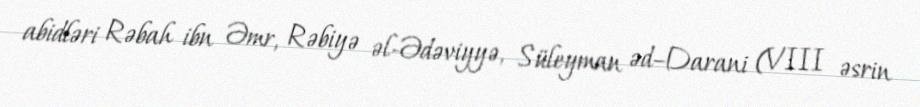
abidləri Rəbah ibn Əmr, Rəbiyə əl-Ədəviyyə, Süleyman əd–Darani (VIII əsrin